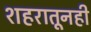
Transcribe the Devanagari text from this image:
शहरातूनही